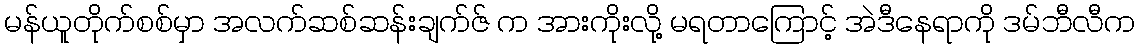
မန်ယူတိုက်စစ်မှာ အလက်ဆစ်ဆန်းချက်ဇ် က အားကိုးလို့ မရတာကြောင့် အဲဒီနေရာကို ဒမ်ဘီလီက